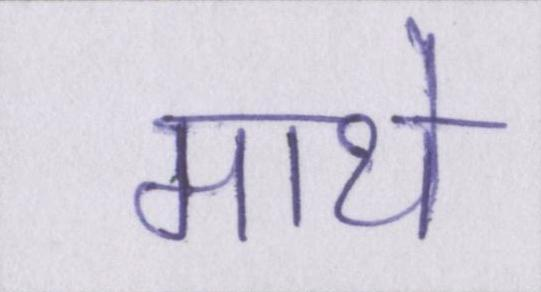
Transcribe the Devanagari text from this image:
माथे